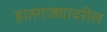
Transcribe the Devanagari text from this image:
हातगाड्यावरील